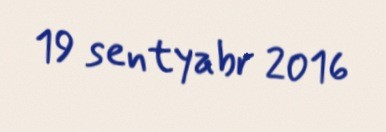
19 sentyabr 2016